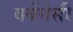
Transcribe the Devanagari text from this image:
वर्बेनेसी